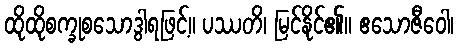
ထိုထိုစက္ခုစသောဒွါရဖြင့်။ ပဿတိ၊ မြင်နိုင်၏။ ဧသောဇီဝေါ၊